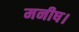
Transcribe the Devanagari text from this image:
मनीष।